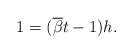
\begin{align*}1=(\overline{\beta}t-1)h. \end{align*}